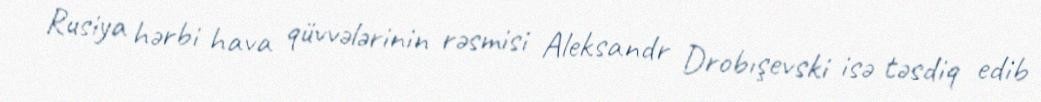
Rusiya hərbi hava qüvvələrinin rəsmisi Aleksandr Drobışevski isə təsdiq edib